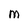
Character: M